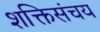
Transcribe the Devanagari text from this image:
शक्तिसंचय